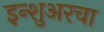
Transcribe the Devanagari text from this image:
इन्‍शुअरचा